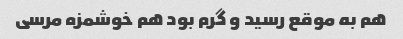
هم به موقع رسید و گرم بود هم خوشمزه مرسی